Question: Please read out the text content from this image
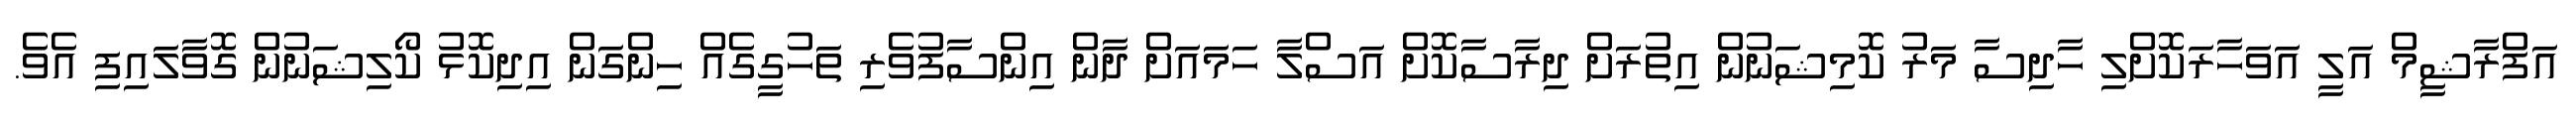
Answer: އަފްރާޝީމް އަލީ އަވަހާރަކޮށްލި ހާދިސާ މަރު ކޮމިޝަނުން އިތުރަށް ދިރާސާކޮށް އަސްލާ ހަމައަށް ދާން އިންސާފުވެރި ތަހުގީގެއް ހިންގަން އިދިކޮޅު ކޯލިޝަނުން ގޮވާލައިފި އެވެ.